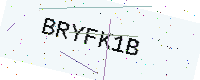
Text: BRYFK1B